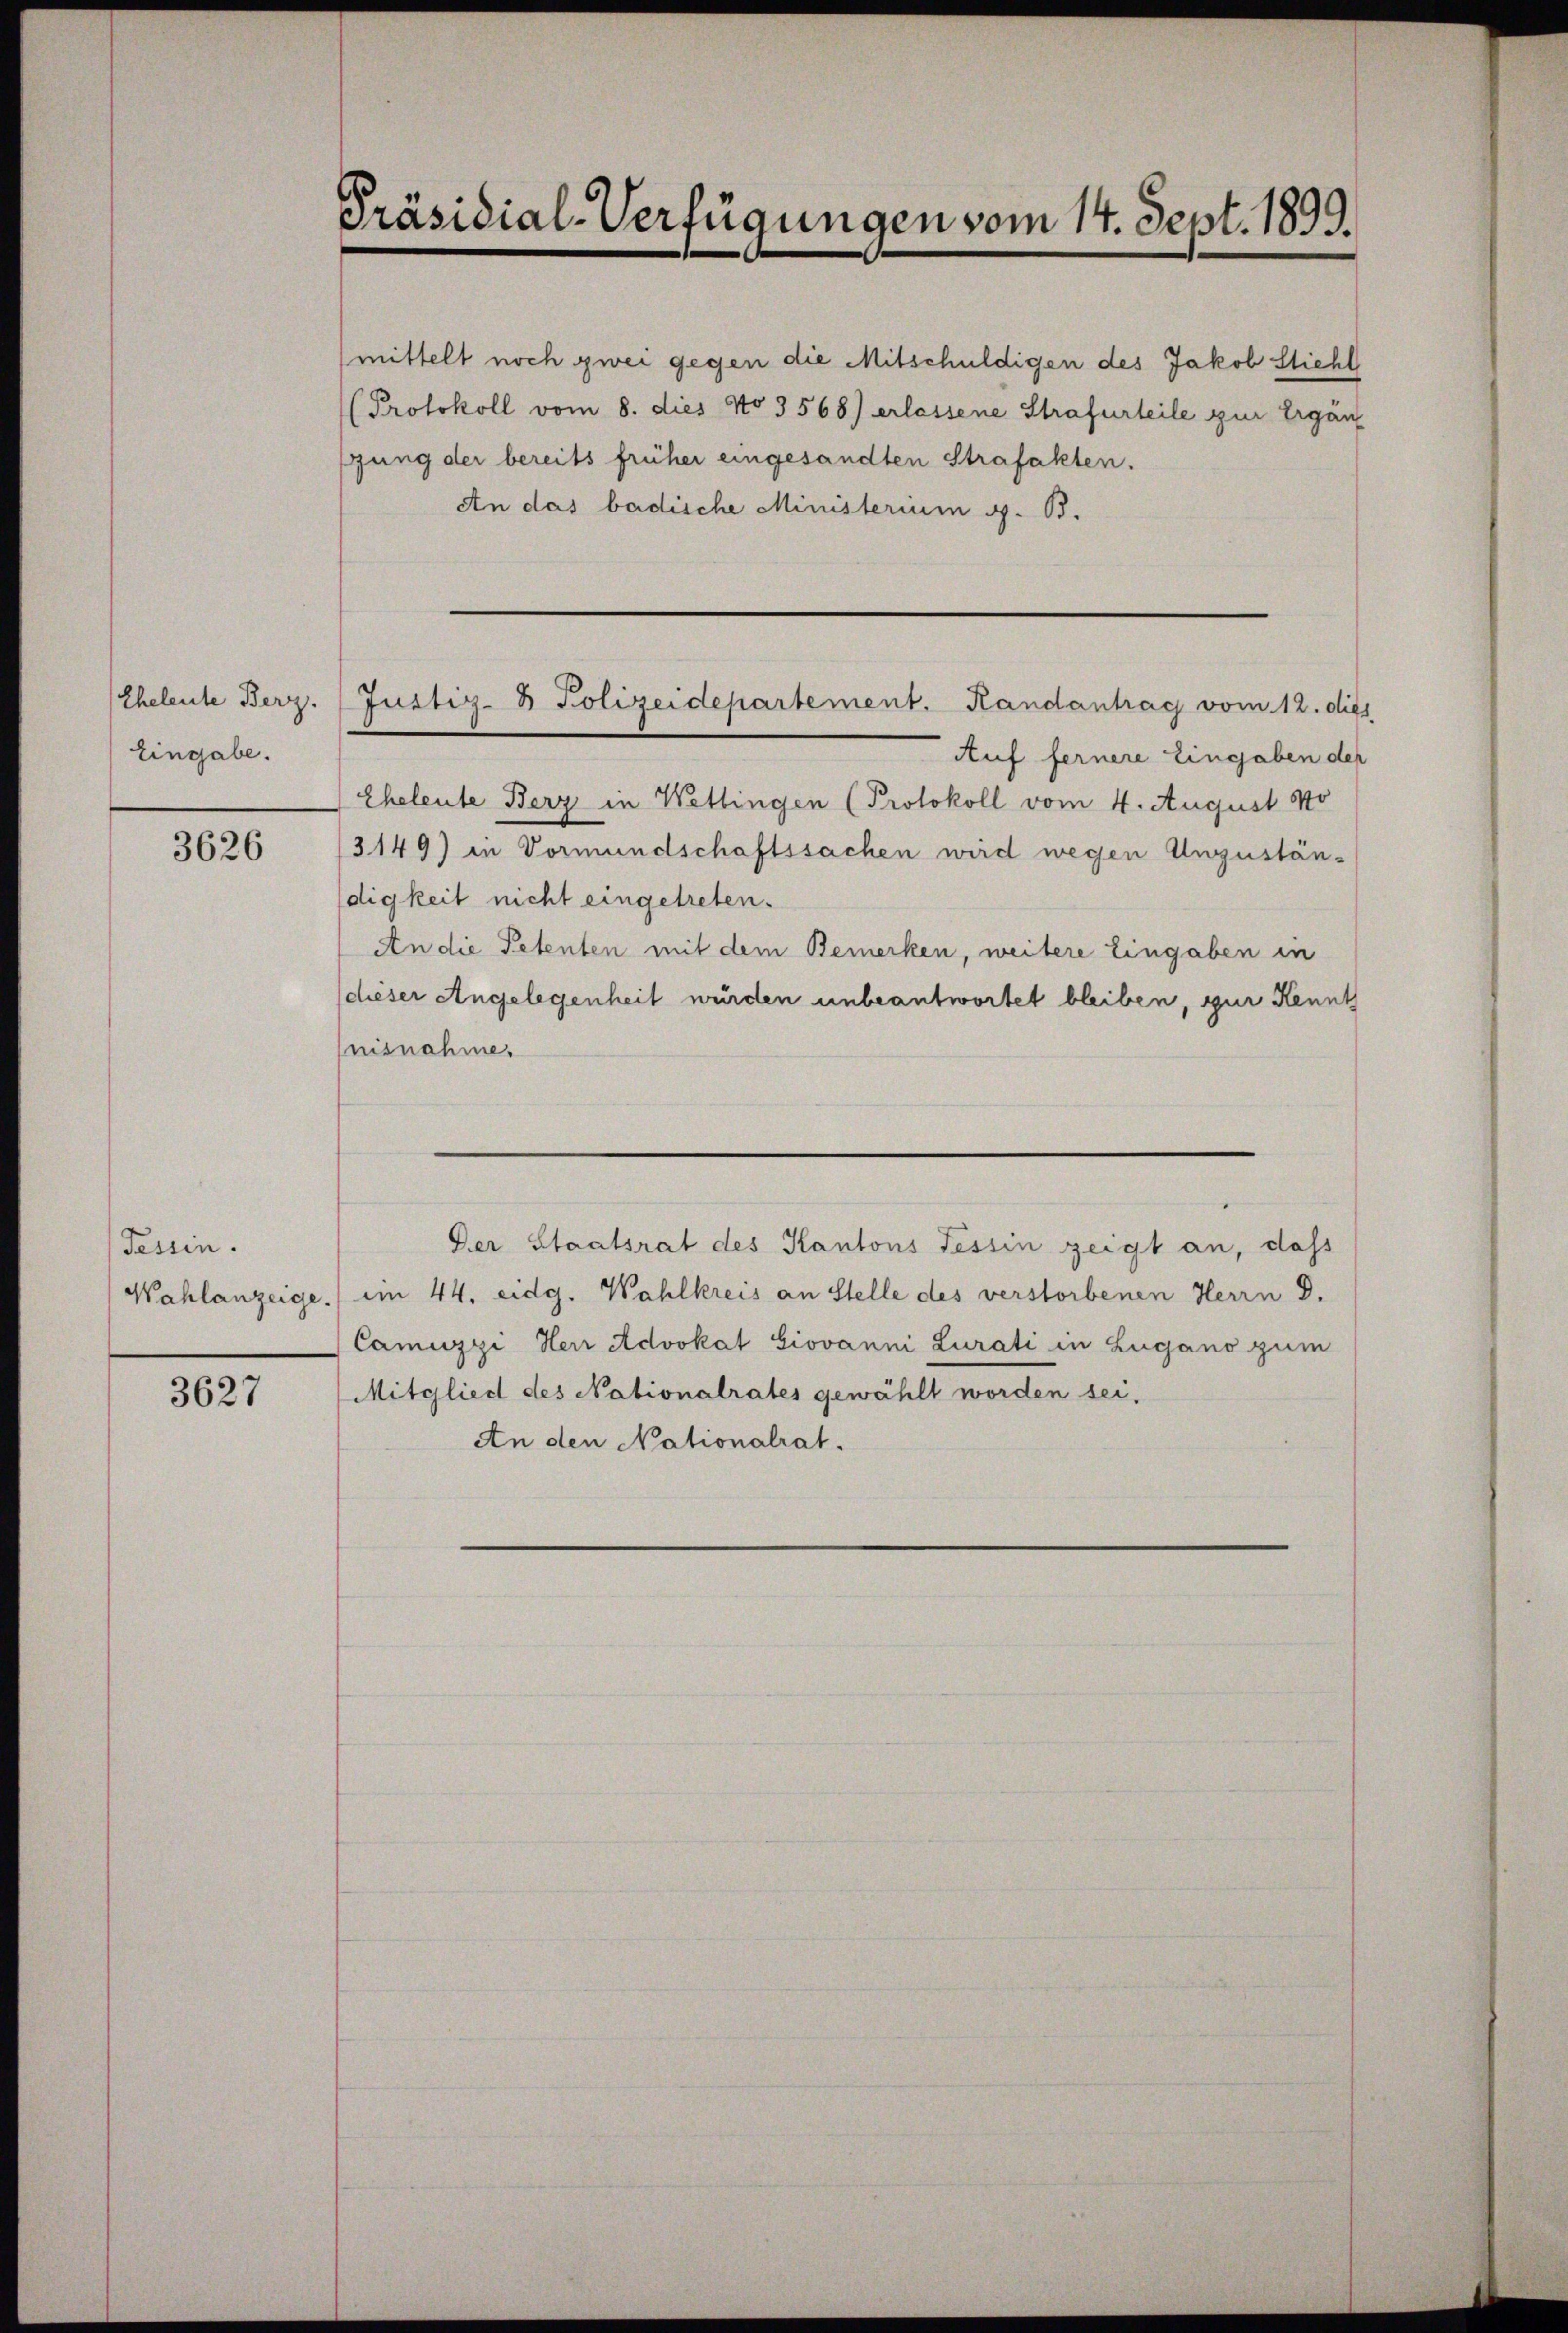
Eheleute Berz.
Eingabe.

3626

Tessin.

3627

Präsidial-Verfügungen vom 14. Sept. 1899.

mittelt noch zwei gegen die Mitschuldigen des Jakob Stiehl
Protokoll vom 8. dies No 3568) erlassene Strafurteile zur Ergänz
fung der bereits früher eingesandten Strafakten.
An das badische Ministerium 4. B.

Justiz- & Polizeidepartement. Handantrag vom 12. dies

Der Staatsrat des Kantons Tessin zeigt an, dass

Auf fernere Eingaben der
Eheleute Berz in Wettingen (Protokoll vom 4. August No
3149) in Vormundschaftssachen wird wegen Unguständigkeit nicht eingetreten.
An die Petenten mit dem Bemerken, weitere Eingaben in
dieser Angelegenheit wurden unbeantwortet bleiben, zur Kennt
nisnahme.

Wahlanzeige.) im 44. eidg. Wahlkreis an Stelle des verstorbenen Herrn D.
Camuzzi Herr Advokat Giovanni Lurati in Zugano zum
Mitglied des Nationalrates gewählt worden sei.
An den Nationalrat.